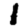
Digit: 1